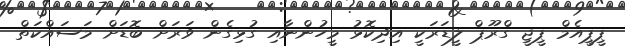
ޕީޕީއެމް ޕީޖީ ގްރޫޕް ލީޑަރަކީ އިދިކޮޅު މީހުންނާއި ގުޅިގެން ވަރަށް ބޮޑަށް މަސައްކަތް